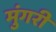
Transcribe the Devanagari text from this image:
मुंगरी